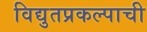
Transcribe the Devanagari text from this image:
विद्युतप्रकल्पाची